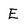
Character: E